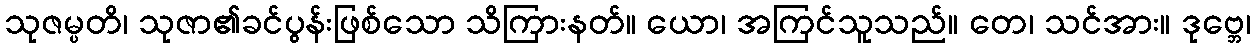
သုဇမ္ပတိ၊ သုဇာ၏ခင်ပွန်းဖြစ်သော သိကြားနတ်။ ယော၊ အကြင်သူသည်။ တေ၊ သင်အား။ ဒုဗ္ဘေ၊